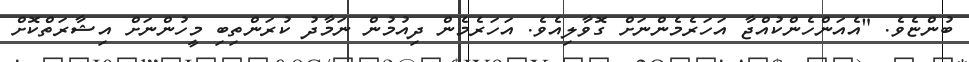
ބުންޏެވެ. "އެއަންހެންކުއްޖާ އަހަރެމެންނަށް ގޮވާލިއެވެ. އަހަރެމެން ދިއުމުން ނަމާދު ކުރަންތިބި މީހުންނަށް އިޝާރަތްކޮށް